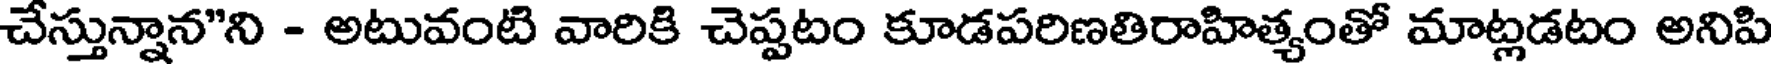
చేస్తున్నాన"ని - అటువంటి వారికి చెప్పటం కూడపరిణతిరాహిత్యంతో మాట్లడటం అనిపి